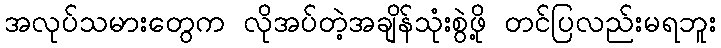
အလုပ်သမားတွေက လိုအပ်တဲ့အချိန်သုံးစွဲဖို့ တင်ပြလည်းမရဘူး